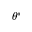
\theta ^ { * }